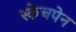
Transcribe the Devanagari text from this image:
स्केचपेन